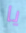
يا